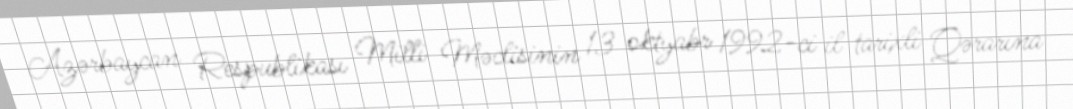
Azərbaycan Respublikası Milli Məclisinin 13 oktyabr 1992-ci il tarixli Qərarına